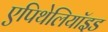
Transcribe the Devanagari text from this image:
एपिथेलियॉइड